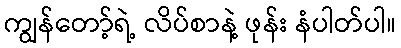
ကျွန်တော့်ရဲ့ လိပ်စာနဲ့ ဖုန်း နံပါတ်ပါ။